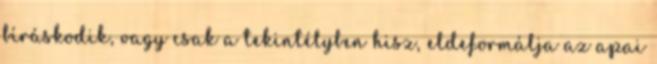
bíráskodik, vagy csak a tekintélyben hisz, eldeformálja az apai